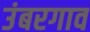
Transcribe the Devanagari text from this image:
उंबरगाव